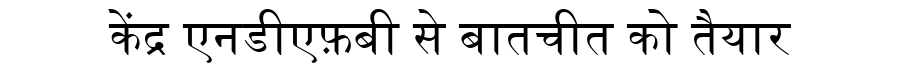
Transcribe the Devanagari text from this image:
केंद्र एनडीएफ़बी से बातचीत को तैयार